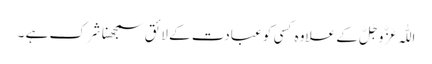
اللّٰہ عَزَّ وَجَلَّ کے علاوہ کسی کو عبادت کے لائق سمجھنا شِرک ہے ۔